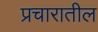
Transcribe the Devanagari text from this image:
प्रचारातील